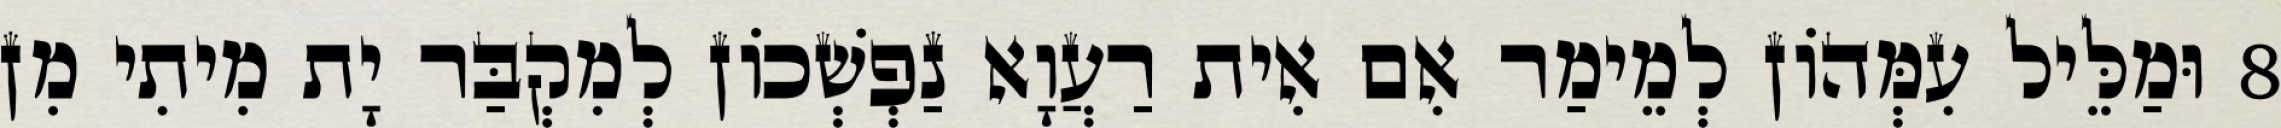
8 וּמַלֵּיל עִמְּהוֹן לְמֵימַר אִם אִית רַעֲוָא נַפְשְׁכוֹן לְמִקְבַּר יָת מִיתִי מִן